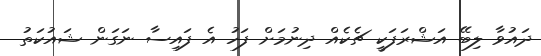
ދައުވާ ލިބޭ އަޝްރަފަކީ ޗެކެއް ދިނުމަށް ފަހު އެ ފައިސާ ނަގަން ޝައުކަތު